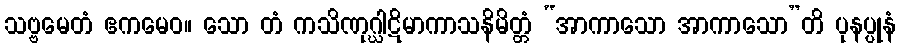
သဗ္ဗမေတံ ဧကမေဝ။ သော တံ ကသိဏုဂ္ဃါဋိမာကာသနိမိတ္တံ “အာကာသော အာကာသော”တိ ပုနပ္ပုနံ